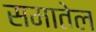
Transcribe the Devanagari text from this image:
समातेल